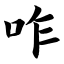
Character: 咋